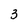
Character: 3